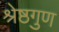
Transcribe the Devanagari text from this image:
श्रेष्ठगुण